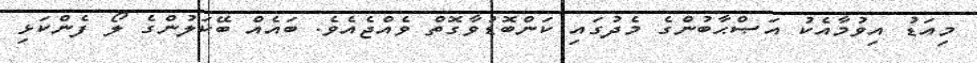
މިއަޑު އިވުމާއެކު އަޞްޙާބުންގެ މެދުގައި ކަންބޮޑުވާގޮތް ވެއްޖެއެވެ. ބައެއް ބޭކަލުންގެ ލޯ ފެންކަޅި